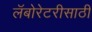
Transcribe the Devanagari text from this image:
लॅबोरेटरीसाठी